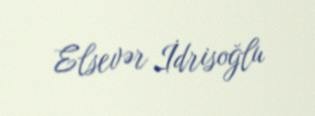
Elsevər İdrisoğlu